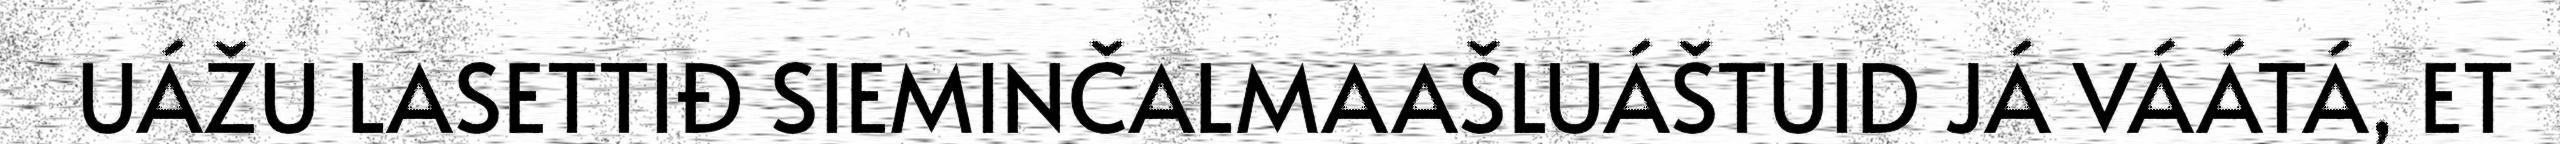
UÁŽU LASETTIĐ SIEMINČALMAAŠLUÁŠTUID JÁ VÁÁTÁ, ET